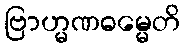
ဗြာဟ္မဏဓမ္မေတိ